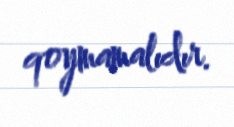
qoymamalıdır.